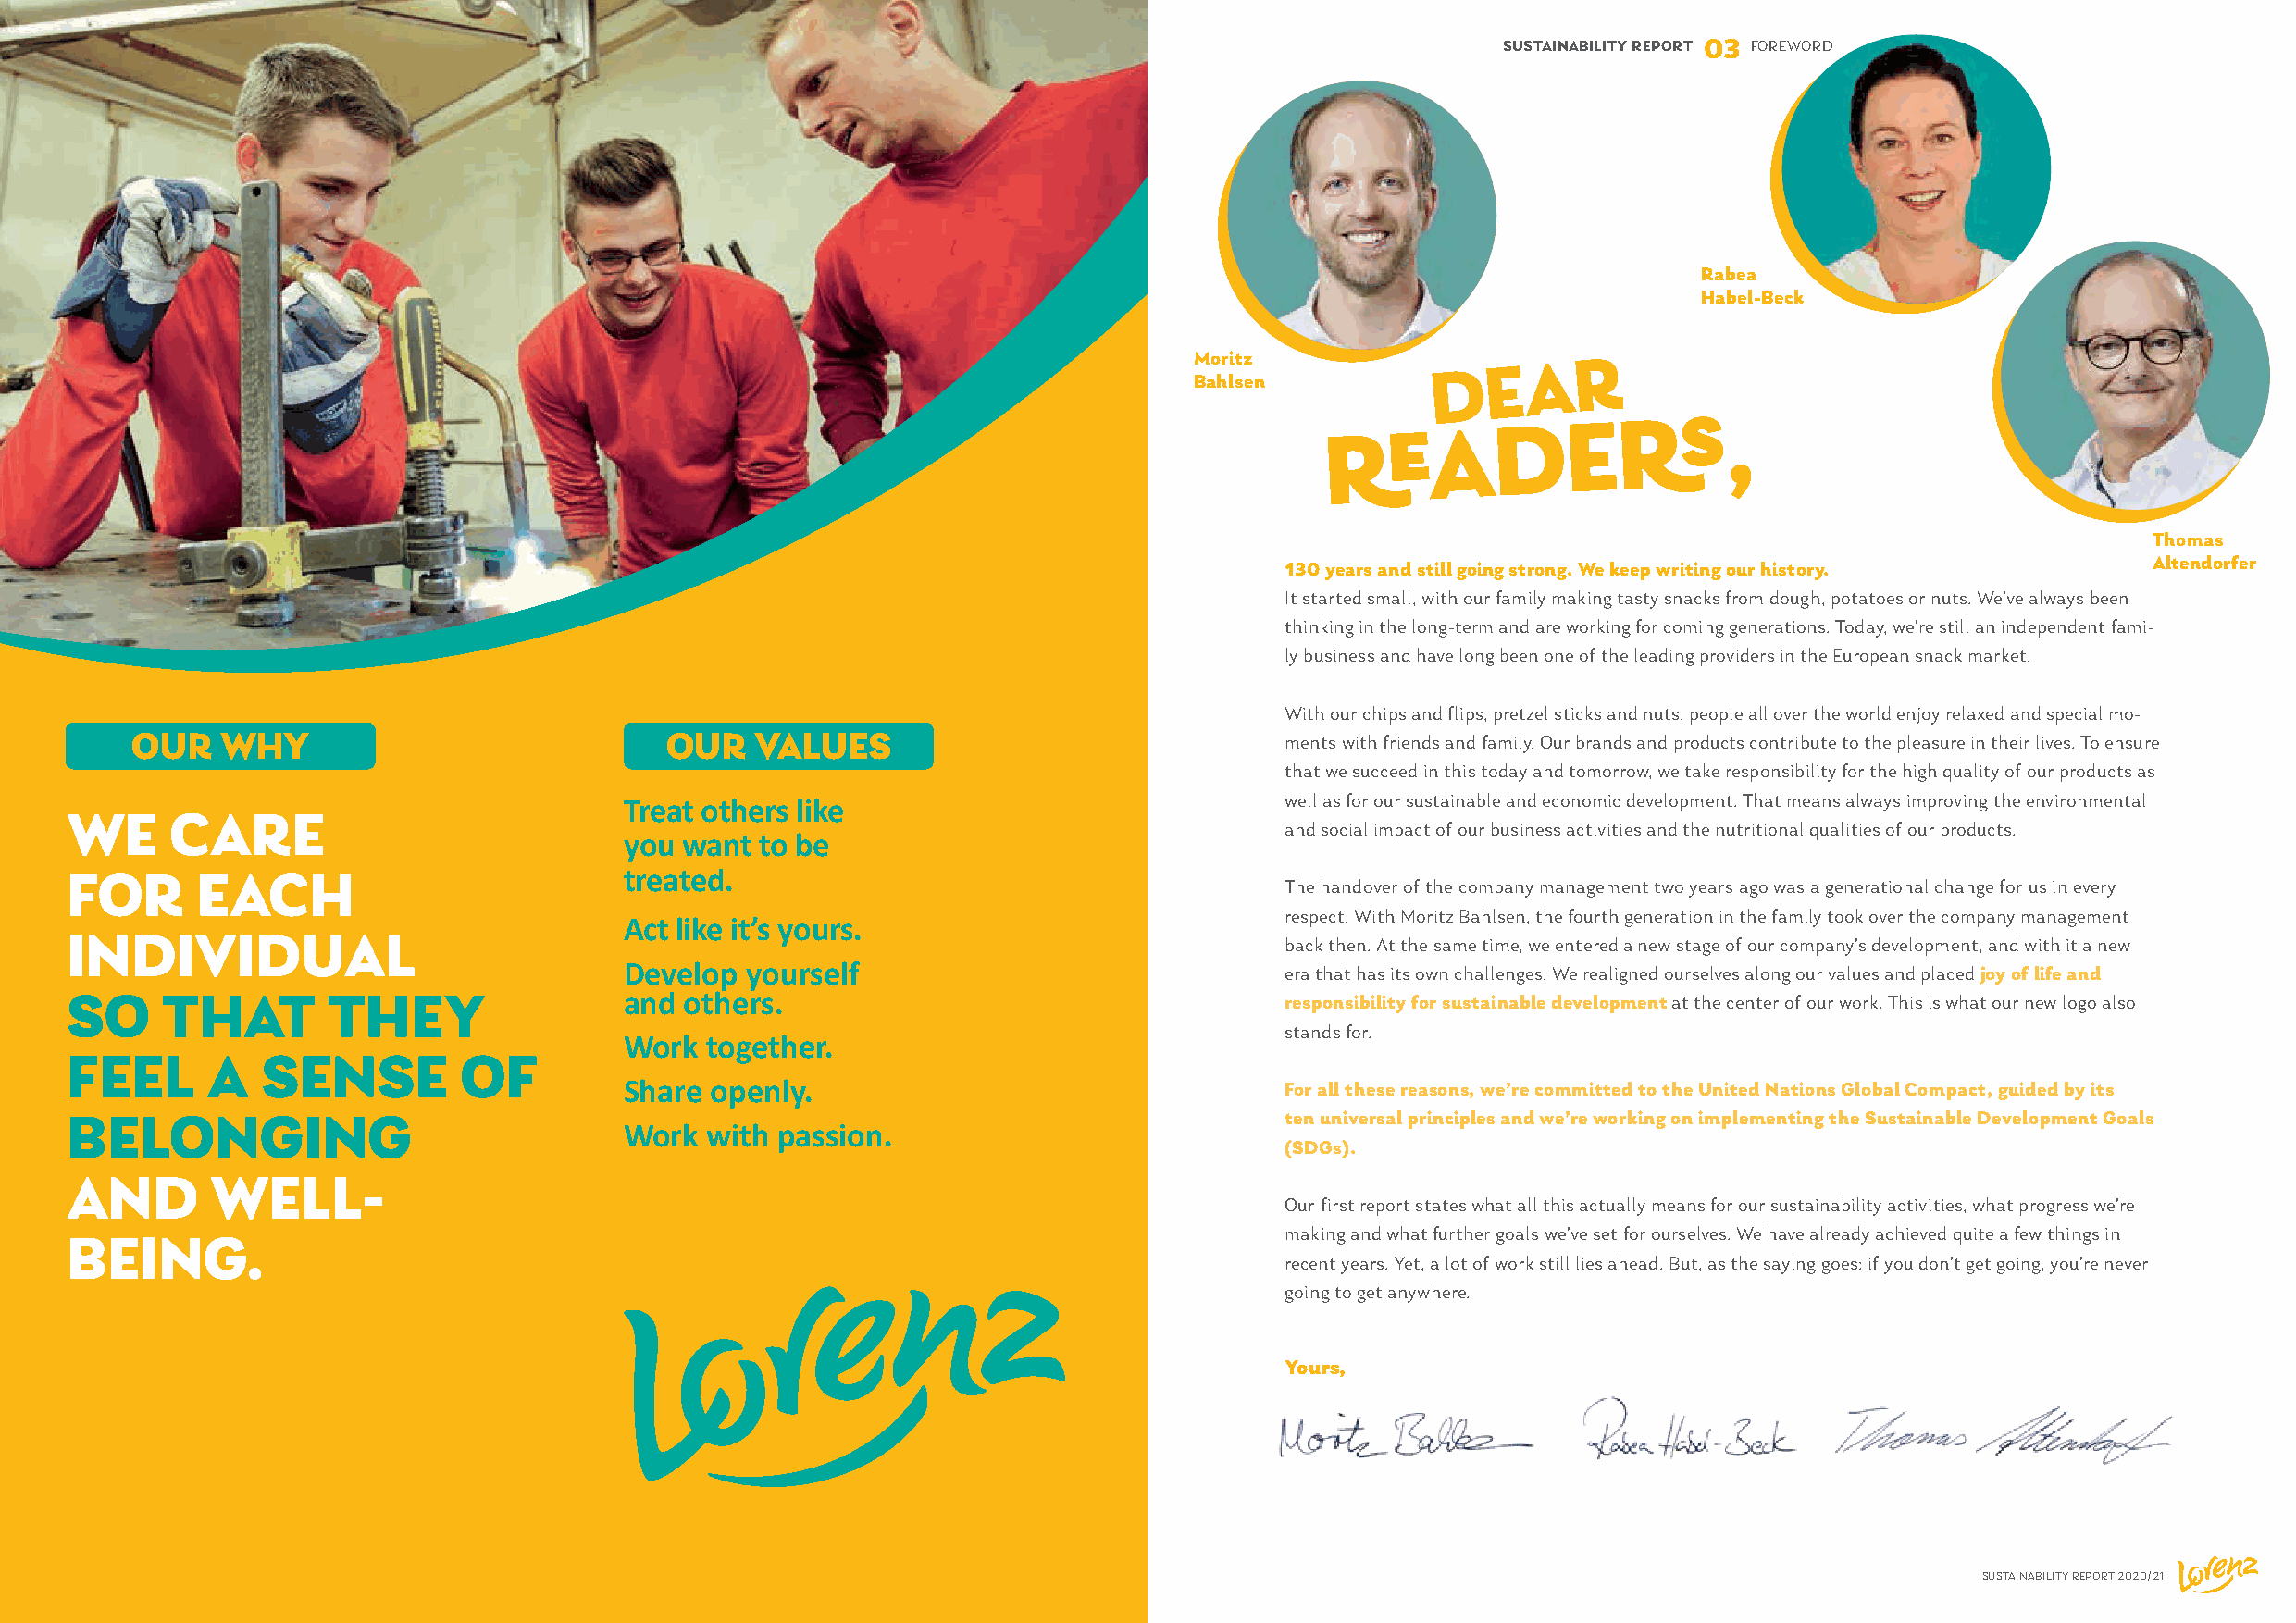
SUSTAINABILITY REPORT 03 FOREWORD
 Rabea
 Habel-Beck
 Moritz            DEAR
 Bahlsen
 READERS,
 Thomas
 Altendorfer
 130 years and still going strong. We keep writing our history.
 It started small, with our family making tasty snacks from dough, potatoes or nuts. We’ve always been
 thinking in the long-term and are working for coming generations. Today, we’re still an independent fami-
 ly business and have long been one of the leading providers in the European snack market.
 With our chips and flips, pretzel sticks and nuts, people all over the world enjoy relaxed and special mo-
 OUR    WHY                             OUR   VALUES                                ments with friends and family. Our brands and products contribute to the pleasure in their lives. To ensure
 that we succeed in this today and tomorrow, we take responsibility for the high quality of our products as
 Treat others like                              well as for our sustainable and economic development. That means always improving the environmental
 WE     CARE
 and social impact of our business activities and the nutritional qualities of our products.
 you want to be
 FOR      EACH                           treated.
 The handover of the company management two years ago was a generational change for us in every
 Act like it’s yours.                           respect. With Moritz Bahlsen, the fourth generation in the family took over the company management
 INDIVIDUAL
 back then. At the same time, we entered a new stage of our company’s development, and with it a new
 Develop yourself
 era that has its own challenges. We realigned ourselves along our values and placed joy of life and
 SO     THAT       THEY                  and others.                                    responsibility for sustainable development at the center of our work. This is what our new logo also
 stands for.
 Work  together.
 FEEL      A   SENSE         OF
 Share openly.
 For all these reasons, we’re committed to the United Nations Global Compact, guided by its
 BELONGING                                                                              ten universal principles and we’re working on implementing the Sustainable Development Goals
 Work  with passion.
 (SDGs).
 AND       WELL-
 Our first report states what all this actually means for our sustainability activities, what progress we’re
 making and what further goals we’ve set for ourselves. We have already achieved quite a few things in
 BEING.
 recent years. Yet, a lot of work still lies ahead. But, as the saying goes: if you don’t get going, you’re never
 going to get anywhere.
 Yours,
 SUSTAINABILITY REPORT 2020/21